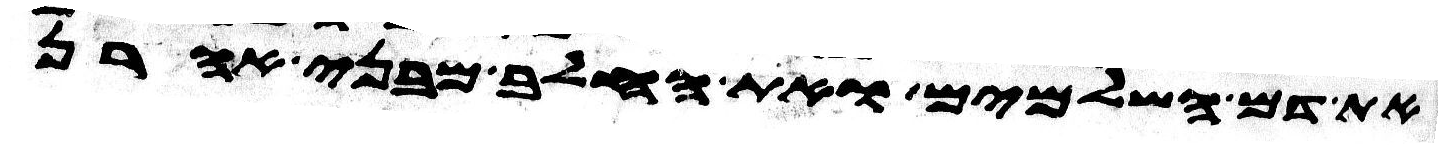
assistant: את דם השלמים ואת החלב מבני אהרן